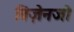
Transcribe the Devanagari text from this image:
बिज़ेनजो